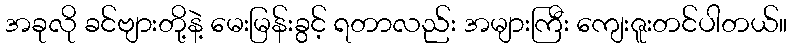
အခုလို ခင်ဗျားတို့နဲ့ မေးမြန်းခွင့် ရတာလည်း အများကြီး ကျေးဇူးတင်ပါတယ်။